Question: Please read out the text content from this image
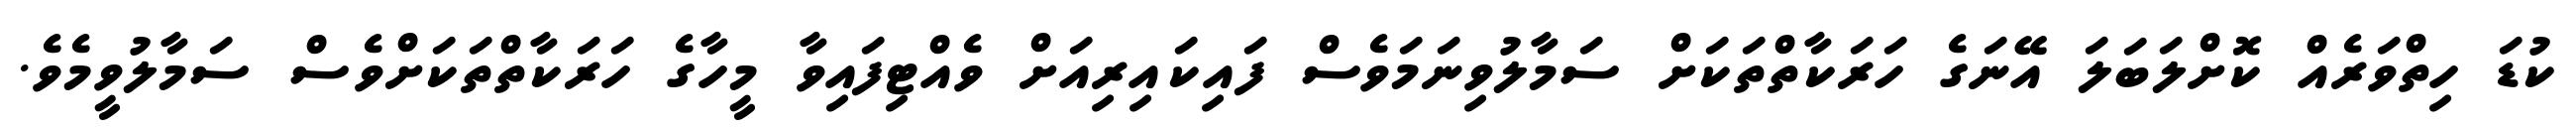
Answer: ކުޑަ ހިތްވަރެއް ކޮށްލަބަލަ އޭނަގެ ހަރަކާތްތަކަށް ސަމާލުވިނަމަވެސް ފައިކައިރިއަށް ވެއްޓިފައިވާ މީހާގެ ހަރަކާތްތަކަށްވެސް ސަމާލުވީމެވެ.